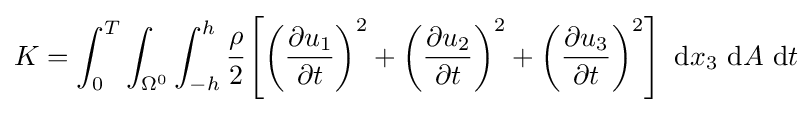
K=\int _{0}^{T}\int _{\Omega ^{0}}\int _{-h}^{h}{\cfrac {\rho }{2}}\left[\left({\frac {\partial u_{1}}{\partial t}}\right)^{2}+\left({\frac {\partial u_{2}}{\partial t}}\right)^{2}+\left({\frac {\partial u_{3}}{\partial t}}\right)^{2}\right]~\mathrm {d} x_{3}~\mathrm {d} A~\mathrm {d} t